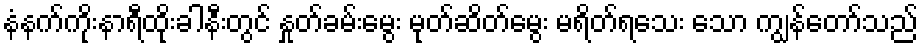
နံနက်ကိုးနာရီထိုးခါနီးတွင် နှုတ်ခမ်းမွေး မုတ်ဆိတ်မွေး မရိတ်ရသေး သော ကျွန်တော်သည်